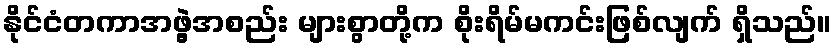
နိုင်ငံတကာအဖွဲ့အစည်း များစွာတို့က စိုးရိမ်မကင်းဖြစ်လျက် ရှိသည်။